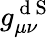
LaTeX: g_{\mu\nu}^{\mathrm{~d~S~}}